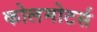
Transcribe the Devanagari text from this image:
कोलमोटर्स